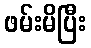
ဖမ်းမိပြီး